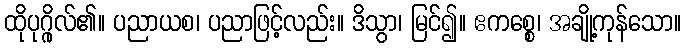
ထိုပုဂ္ဂိုလ်၏။ ပညာယစ၊ ပညာဖြင့်လည်း။ ဒိသွာ၊ မြင်၍။ ဧကစ္စေ၊ အချို့ကုန်သော။